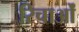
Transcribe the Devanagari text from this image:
रिचाओं